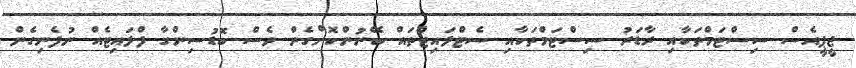
ޖީޕީއެސް ސިސްޓަމްތަކާއި ރާޑަރު ސިސްޓަމްތަކާއި ސެޓްލައިޓްތައް ބޭނުންކޮށްގެން ވެސް ބޮޑުސިންގާ ފްލައިޓެއް ނުފެނިގެން